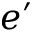
e ^ { \prime }